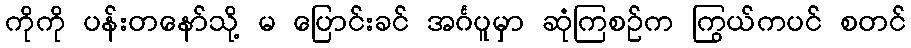
ကိုကို ပန်းတနော်သို့ မ ပြောင်းခင် အင်္ဂပူမှာ ဆုံကြစဉ်က ကြွယ်ကပင် စတင်